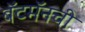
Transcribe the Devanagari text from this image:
बॅटमॅनची